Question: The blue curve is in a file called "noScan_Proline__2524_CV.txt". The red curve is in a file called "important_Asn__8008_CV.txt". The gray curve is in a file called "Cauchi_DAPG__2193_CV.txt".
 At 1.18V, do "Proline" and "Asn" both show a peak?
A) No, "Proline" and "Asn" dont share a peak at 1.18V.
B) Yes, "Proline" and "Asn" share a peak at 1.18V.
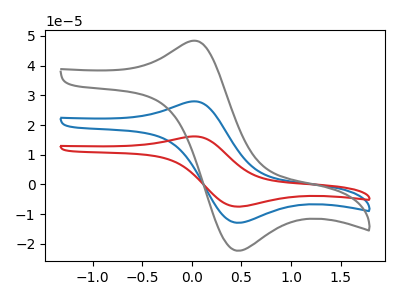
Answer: <think>The blue curve "Proline" has an anodic peak at (0.00V, 27.90uA) and a cathodic peak at (0.45V, -12.90uA). The red curve "Asn" has an anodic peak at (0.00V, 55.85uA) and a cathodic peak at (0.45V, -25.75uA). The gray curve "DAPG" has an anodic peak at (0.00V, 48.30uA) and a cathodic peak at (0.45V, -22.30uA).</think>
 <answer>A) No, "Proline" and "Asn" dont share a peak at 1.18V.</answer>
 <eval>A</eval>